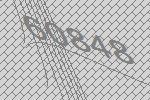
60848